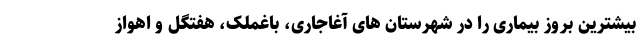
بیشترین بروز بیماری را در شهرستان های آغاجاری، باغملک، هفتگل و اهواز